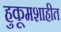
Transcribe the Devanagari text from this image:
हुकूमशाहीत